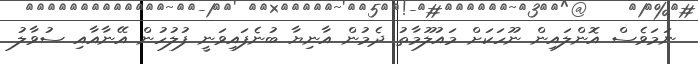
ނަމަވެސް އޮންލައިން ނޫހަކަށް މައުލޫމާތު ދެމުން އާނިޔާ ބުނެފައިވަނީ ފުލުހުން އޭނާއާއި ސުވާލު